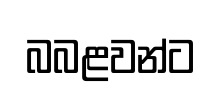
බබළවන්ට